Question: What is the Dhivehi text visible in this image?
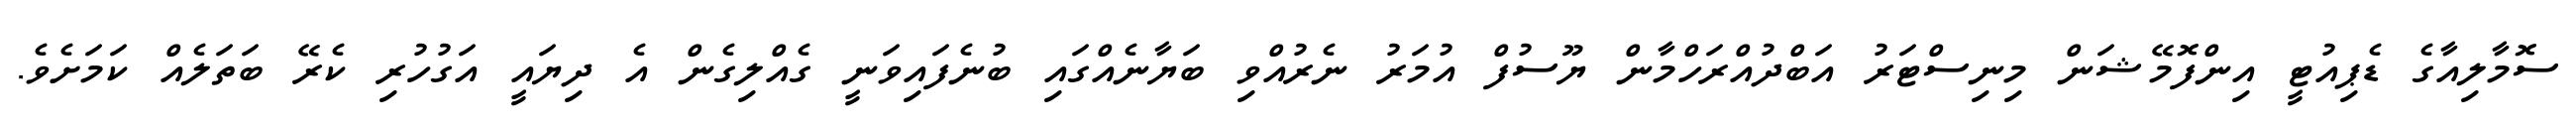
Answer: ސޮމާލިއާގެ ޑެޕިއުޓީ އިންފޮމޭޝަން މިނިސްޓަރު އަބްދުއްރަހްމާން ޔޫސުފް އުމަރު ނެރުއްވި ބަޔާނެއްގައި ބުނެފައިވަނީ ގެއްލިގެން އެ ދިޔައީ އަގުހުރި ކެރޭ ބަތަލެއް ކަމަށެވެ.